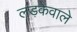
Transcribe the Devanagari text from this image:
लड़केवाले